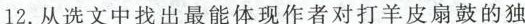
12.从选文中找出最能体现作者对打羊皮扇鼓的独